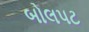
બોલપટ